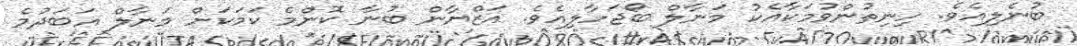
ބުނެލިއެވެ. ހިނިތުންވުމަކާއެކު މަނާލް ބޯޖަހާލިއެވެ. އަޒްޔާން ބުނާ ކޮންމެ ކަމަކަށް މަނާލް އަބަދުމެ